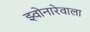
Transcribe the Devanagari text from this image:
झ्वोनारेवाला